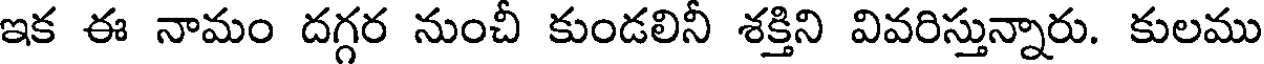
ఇక ఈ నామం దగ్గర నుంచీ కుండలినీ శక్తిని వివరిస్తున్నారు. కులము